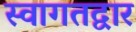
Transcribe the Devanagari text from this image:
स्वागतद्वार